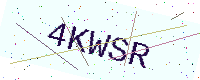
Text: 4KWSR